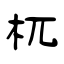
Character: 杌